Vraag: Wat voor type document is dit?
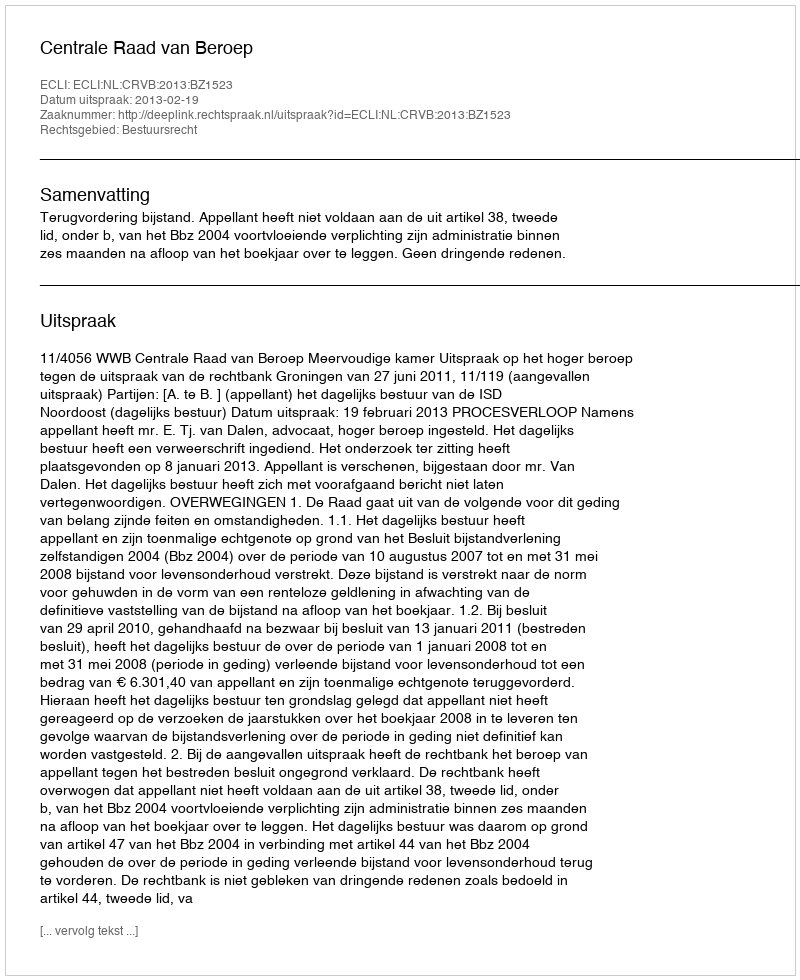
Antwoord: Uitspraak